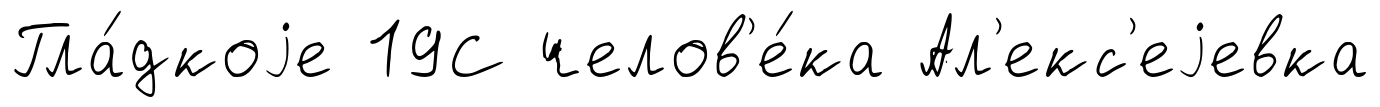
Гла́дкоjе 19С челов'е́ка Ал'екс'еjевка